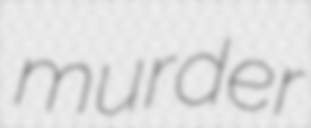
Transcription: murder